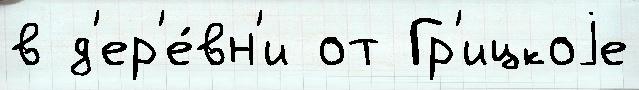
в д'ер'е́вн'и от Гр'ицкоjе